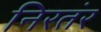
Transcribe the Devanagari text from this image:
निरतंर